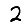
Digit: 2